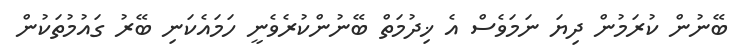
ބޭނުން ކުރަމުން ދިޔަ ނަމަވެސް އެ ޚިދުމަތް ބޭނުންކުރެވެނީ ހަމައެކަނި ބޭރު ގައުމުތަކުން